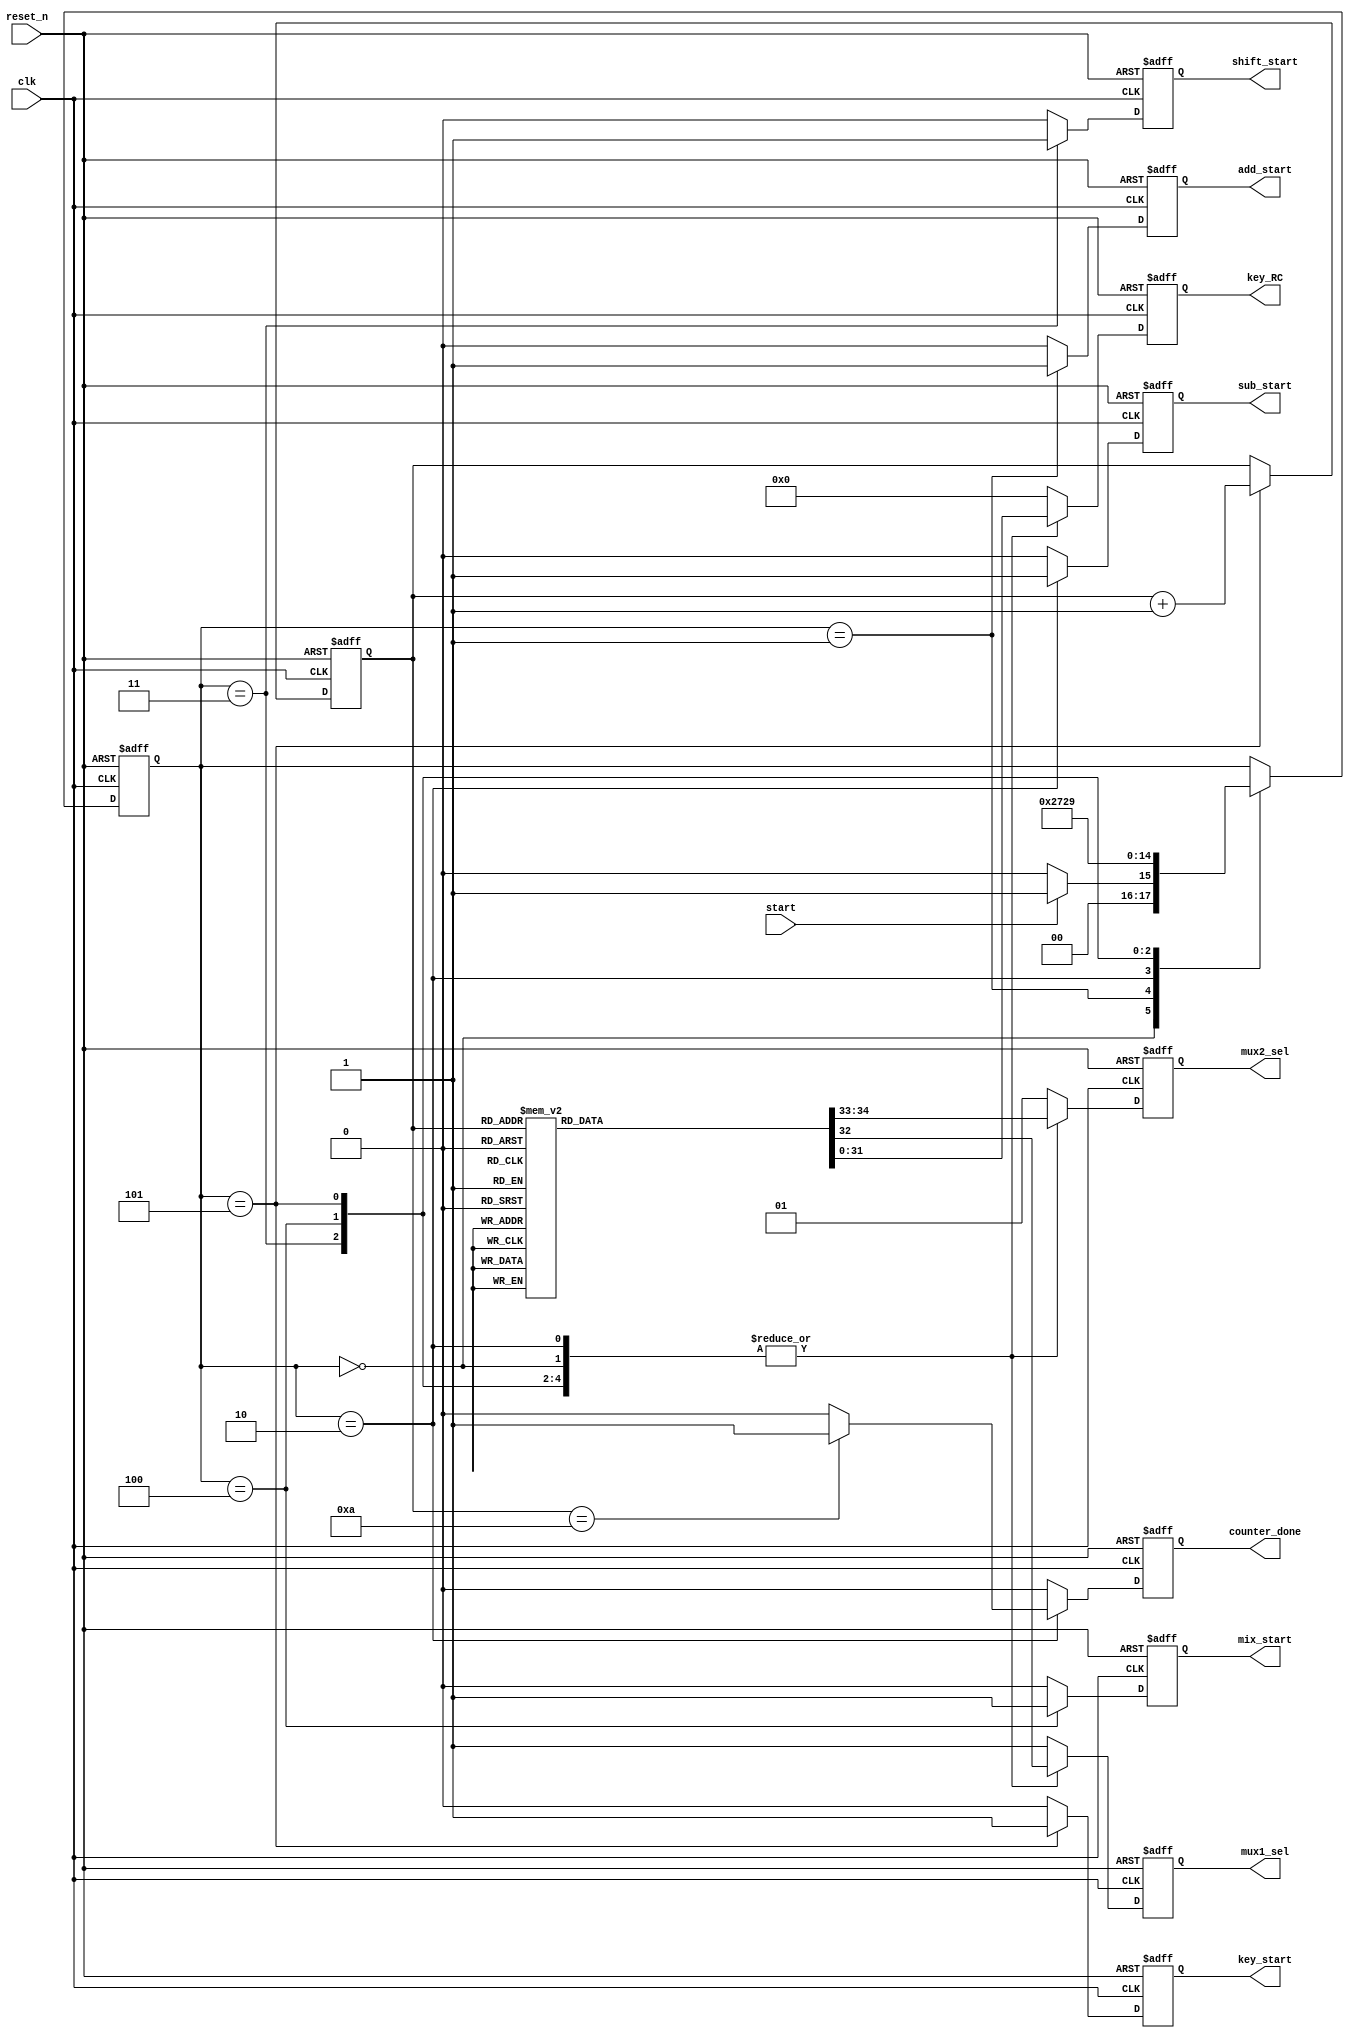
`timescale 1ns / 1ps
//////////////////////////////////////////////////////////////////////////////////
// Company: 
// Engineer: 
// 
// Design Name: 
// Module Name: encryption_counter
// Project Name: 
// Target Devices: 
// Tool Versions: 
// Description: 
// 
// Dependencies: 
// 
// Revision:
// Revision 0.01 - File Created
// Additional Comments:
// 
//////////////////////////////////////////////////////////////////////////////////


module encryption_counter(
    input clk, reset_n, start,
    output add_start, mix_start, shift_start, sub_start, key_start,
    output [1:0] mux2_sel,
    output [31:0] key_RC,
    output mux1_sel,counter_done
    );
    localparam [2 : 0] idle = 3'b000;
    localparam [2 : 0] add = 3'b001;
    localparam [2 : 0] sub = 3'b010;
    localparam [2 : 0] shift = 3'b011;
    localparam [2 : 0] mix = 3'b100;
    localparam [2 : 0] key = 3'b101;
    
    reg [31 : 0] RC_reg, RC_next;
    reg add_reg, add_next, mix_reg, mix_next, shift_reg, shift_next, sub_reg, sub_next, key_reg, key_next;
    reg mux1_reg, mux1_next, done_reg, done_next;
    reg [1 : 0] mux2_reg, mux2_next;
    reg [3 : 0] C_reg, C_next;
    reg [2 : 0] next_state, curr_state;
    always@(posedge clk, negedge reset_n)begin
        if(~reset_n)begin
            curr_state <= 3'b0;
            C_reg <= 4'b0;
            add_reg <= 1'b0;
            mix_reg <= 1'b0;
            shift_reg <= 1'b0;
            sub_reg <= 1'b0;
            key_reg <= 1'b0;
            mux1_reg <= 1'b0;
            mux2_reg <= 2'b0;
            done_reg <= 1'b0;
            RC_reg <= 32'b0;
        end
        else begin
            curr_state <= next_state;
            C_reg <= C_next;
            add_reg <= add_next;
            mix_reg <= mix_next;
            shift_reg <= shift_next;
            sub_reg <= sub_next;
            key_reg <= key_next;
            mux1_reg <= mux1_next;
            mux2_reg <= mux2_next;
            done_reg <= done_next;
            RC_reg <= RC_next;
        end
    end
    
    always@(*)begin
        next_state = curr_state;
        C_next = C_reg;
        add_next = 1'b0;
        mix_next = 1'b0;
        sub_next = 1'b0;
        shift_next = 1'b0;
        key_next = 1'b0;
        mux1_next = 1'b1;
        mux2_next = 2'b01;
        RC_next = 32'h00_00_00_00;
        done_next = 1'b0;
        
        case(C_reg)
            4'd0 : begin
                RC_next = 32'h01_00_00_00;
                mux1_next = 1'b0;
                mux2_next = 2'b00;
            end
            4'd1 : RC_next = 32'h02_00_00_00;
            4'd2 : RC_next = 32'h04_00_00_00;
            4'd3 : RC_next = 32'h08_00_00_00;
            4'd4 : RC_next = 32'h10_00_00_00;
            4'd5 : RC_next = 32'h20_00_00_00;
            4'd6 : RC_next = 32'h40_00_00_00;
            4'd7 : RC_next = 32'h80_00_00_00;
            4'd8 : RC_next = 32'h1B_00_00_00;
            4'd9 : RC_next = 32'h36_00_00_00;
            4'd10 : mux2_next = 2'b10;
            default : begin
                RC_next = 32'h00_00_00_00;
                mux2_next = 2'b10;
            end
        endcase
  
        case(curr_state)
            idle: begin
                if(start)
                    next_state = add;
                else
                    next_state = idle;
            end
            
            add: begin
                add_next = 1'b1;
                next_state = sub;
            end
            
            sub: begin
                if(C_reg == 4'b1010) done_next = 1'b1;
                sub_next = 1'b1;
                next_state = shift;
            end
            
            shift: begin
                shift_next = 1'b1;
                next_state = mix;
            end
            
            mix: begin
                mix_next = 1'b1;
                next_state = key;
            end
            
            key: begin;
                C_next = C_reg + 1;
                key_next = 1'b1;
                next_state = add;
            end
            
            default: begin
                next_state = curr_state;
                C_next = C_reg;
                add_next = 1'b0;
                mix_next = 1'b0;
                sub_next = 1'b0;
                shift_next = 1'b0;
                key_next = 1'b0;
                mux1_next = 1'b1;
                mux2_next = 2'b01;
                RC_next = 32'h00_00_00_00;
                done_next = 1'b0;
            end
        endcase
    end
    
        assign add_start = add_reg;
        assign mix_start = mix_reg;
        assign shift_start = shift_reg;
        assign sub_start = sub_reg;
        assign key_start = key_reg;
        assign mux1_sel = mux1_reg; 
        assign mux2_sel = mux2_reg; 
        assign counter_done = done_reg; 
        assign key_RC = RC_reg;
endmodule